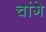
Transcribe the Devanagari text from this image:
चांगे